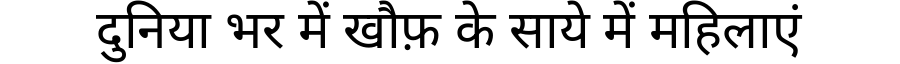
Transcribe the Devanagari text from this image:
दुनिया भर में खौफ़ के साये में महिलाएं